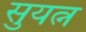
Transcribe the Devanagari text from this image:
सुयत्न